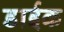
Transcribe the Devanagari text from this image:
डाईक